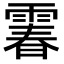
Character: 𩄄